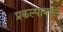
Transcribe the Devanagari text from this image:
प्रकल्पाबद्दल